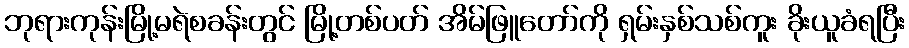
ဘုရားကုန်းမြို့မရဲစခန်းတွင် မြို့တစ်ပတ် အိမ်ဖြူတော်ကို ရှမ်းနှစ်သစ်ကူး ခိုးယူခံရပြီး